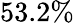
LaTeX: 53.2\%